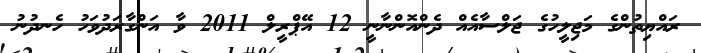
ރައްޔިތުންގެ މަޖިލީހުގެ ޖަލްސާއެއް ދެންއޮންނާނީ 12 އޭޕްރީލް 2011 ވާ އަންގާރަދުވަހު ހެނދުނު